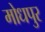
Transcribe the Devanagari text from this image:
मोधपुर